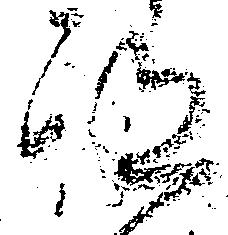
跡